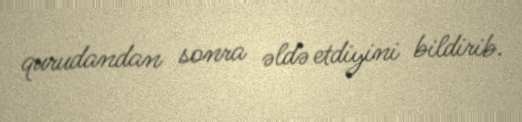
qurudandan sonra əldə etdiyini bildirib.